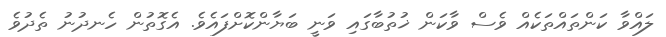
ލައްވާ ކަންތައްތަކެއް ވެސް ވާކަން ޚުތުބާގައި ވަނީ ބަޔާންކޮށްފައެވެ. އެގޮތުން ހެނދުނު ތެދުވެ